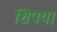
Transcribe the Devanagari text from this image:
शिपया